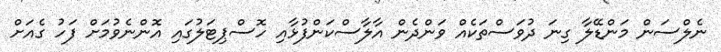
ނެލްސަން މަންޑޭލާ ގިނަ ދުވަސްތަކެއް ވަންދެން އާލާސްކަންފުޅާއި ހޮސްޕިޓަލުގައި އޮންނެވުމަށް ފަހު ގެއަށް